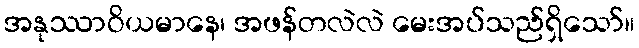
အနုဿာဝိယမာနေ၊ အဖန်တလဲလဲ မေးအပ်သည်ရှိသော်။